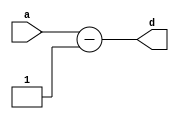
`timescale 1ns / 1ps
//////////////////////////////////////////////////////////////////////////////////
// Name: Andrew Camps, Jason Tran, Steve Miller
// Project: Project 1
// Description: Returns a - 1
//////////////////////////////////////////////////////////////////////////////////


module DEC(a, d);

    parameter DATAWIDTH = 2;

    input [DATAWIDTH - 1:0] a;
    output reg [DATAWIDTH - 1:0] d;
    
    always @(*) begin
    
        d <= a - 1;
    
    end
    
endmodule